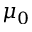
\mu _ { 0 }